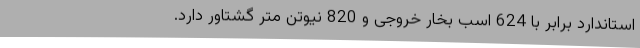
استاندارد برابر با 624 اسب بخار خروجی و 820 نیوتن متر گشتاور دارد.